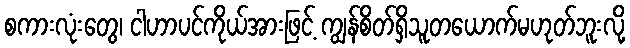
စကားလုံးတွေ၊ ငါဟာပင်ကိုယ်အားဖြင့် ကျွန်စိတ်ရှိသူတယောက်မဟုတ်ဘူးလို့